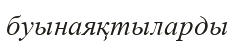
буынаяқтыларды